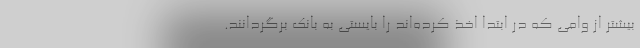
بیشتر از وامی که در ابتدا اخذ کرده‌اند را بایستی به بانک برگردانند.